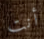
أنت